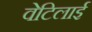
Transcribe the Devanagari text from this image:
वेटिलाई